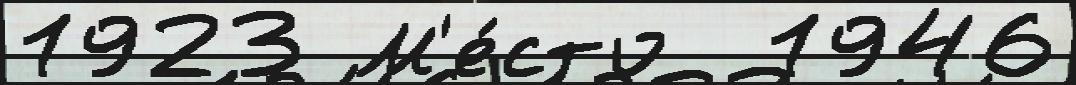
1923 М'е́сто  1946